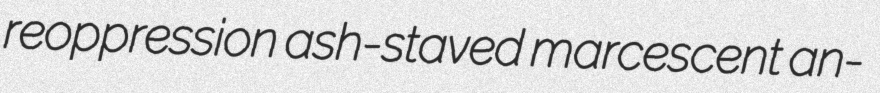
reoppression ash-staved marcescent an-